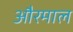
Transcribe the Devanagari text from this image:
औरमाल